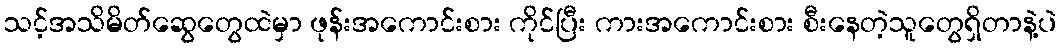
သင့်အသိမိတ်ဆွေတွေထဲမှာ ဖုန်းအကောင်းစား ကိုင်ပြီး ကားအကောင်းစား စီးနေတဲ့သူတွေရှိတာနဲ့ပဲ